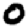
Digit: 0